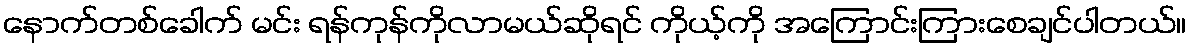
နောက်တစ်ခေါက် မင်း ရန်ကုန်ကိုလာမယ်ဆိုရင် ကိုယ့်ကို အကြောင်းကြားစေချင်ပါတယ်။